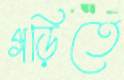
গড়িতে